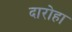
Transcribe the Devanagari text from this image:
दारोहा